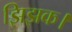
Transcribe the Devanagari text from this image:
झिझक।